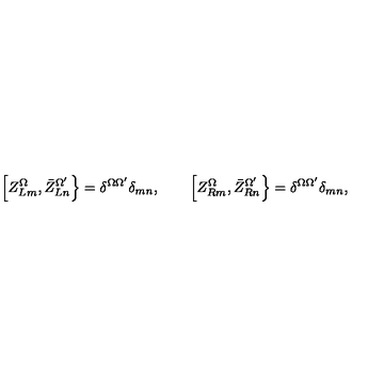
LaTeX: \left[ Z _ { L m } ^ { \Omega } , \bar { Z } _ { L n } ^ { \Omega ^ { \prime } } \right\} = \delta ^ { \Omega \Omega ^ { \prime } } \delta _ { m n } , \qquad \left[ Z _ { R m } ^ { \Omega } , \bar { Z } _ { R n } ^ { \Omega ^ { \prime } } \right\} = \delta ^ { \Omega \Omega ^ { \prime } } \delta _ { m n } ,